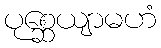
ပုစ္ဆေယျာမဟံ